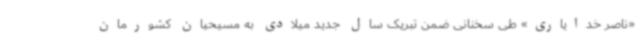
«ناصر خدایاری» طی سخنانی ضمن تبریک سال جدید میلادی به مسیحیان کشورمان